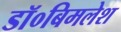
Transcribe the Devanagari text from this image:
डॉ०बिमलेश